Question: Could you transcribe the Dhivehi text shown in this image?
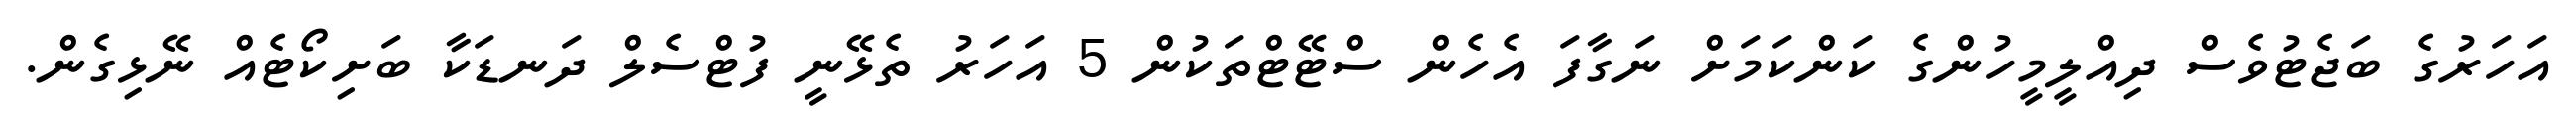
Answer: އަހަރުގެ ބަޖެޓުވެސް ދިއްލީމީހުންގެ ކަންކަމަށް ނަގާފަ އެހެން ސްޓޭޓްތަކުން 5 އަހަރު ތެޅޭނީ ފުޓްސެލް ދަނޑަކާ ބަށިކޯޓެއް ނޭޅިގެން.